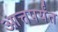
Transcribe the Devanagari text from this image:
आत्तपर्यंत